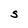
Character: S